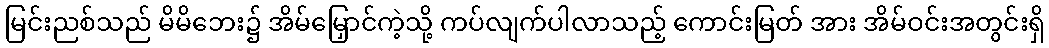
မြင်းညစ်သည် မိမိဘေး၌ အိမ်မြှောင်ကဲ့သို့ ကပ်လျက်ပါလာသည့် ကောင်းမြတ် အား အိမ်ဝင်းအတွင်းရှိ